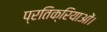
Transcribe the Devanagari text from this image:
प्रतिक्रियाओं।